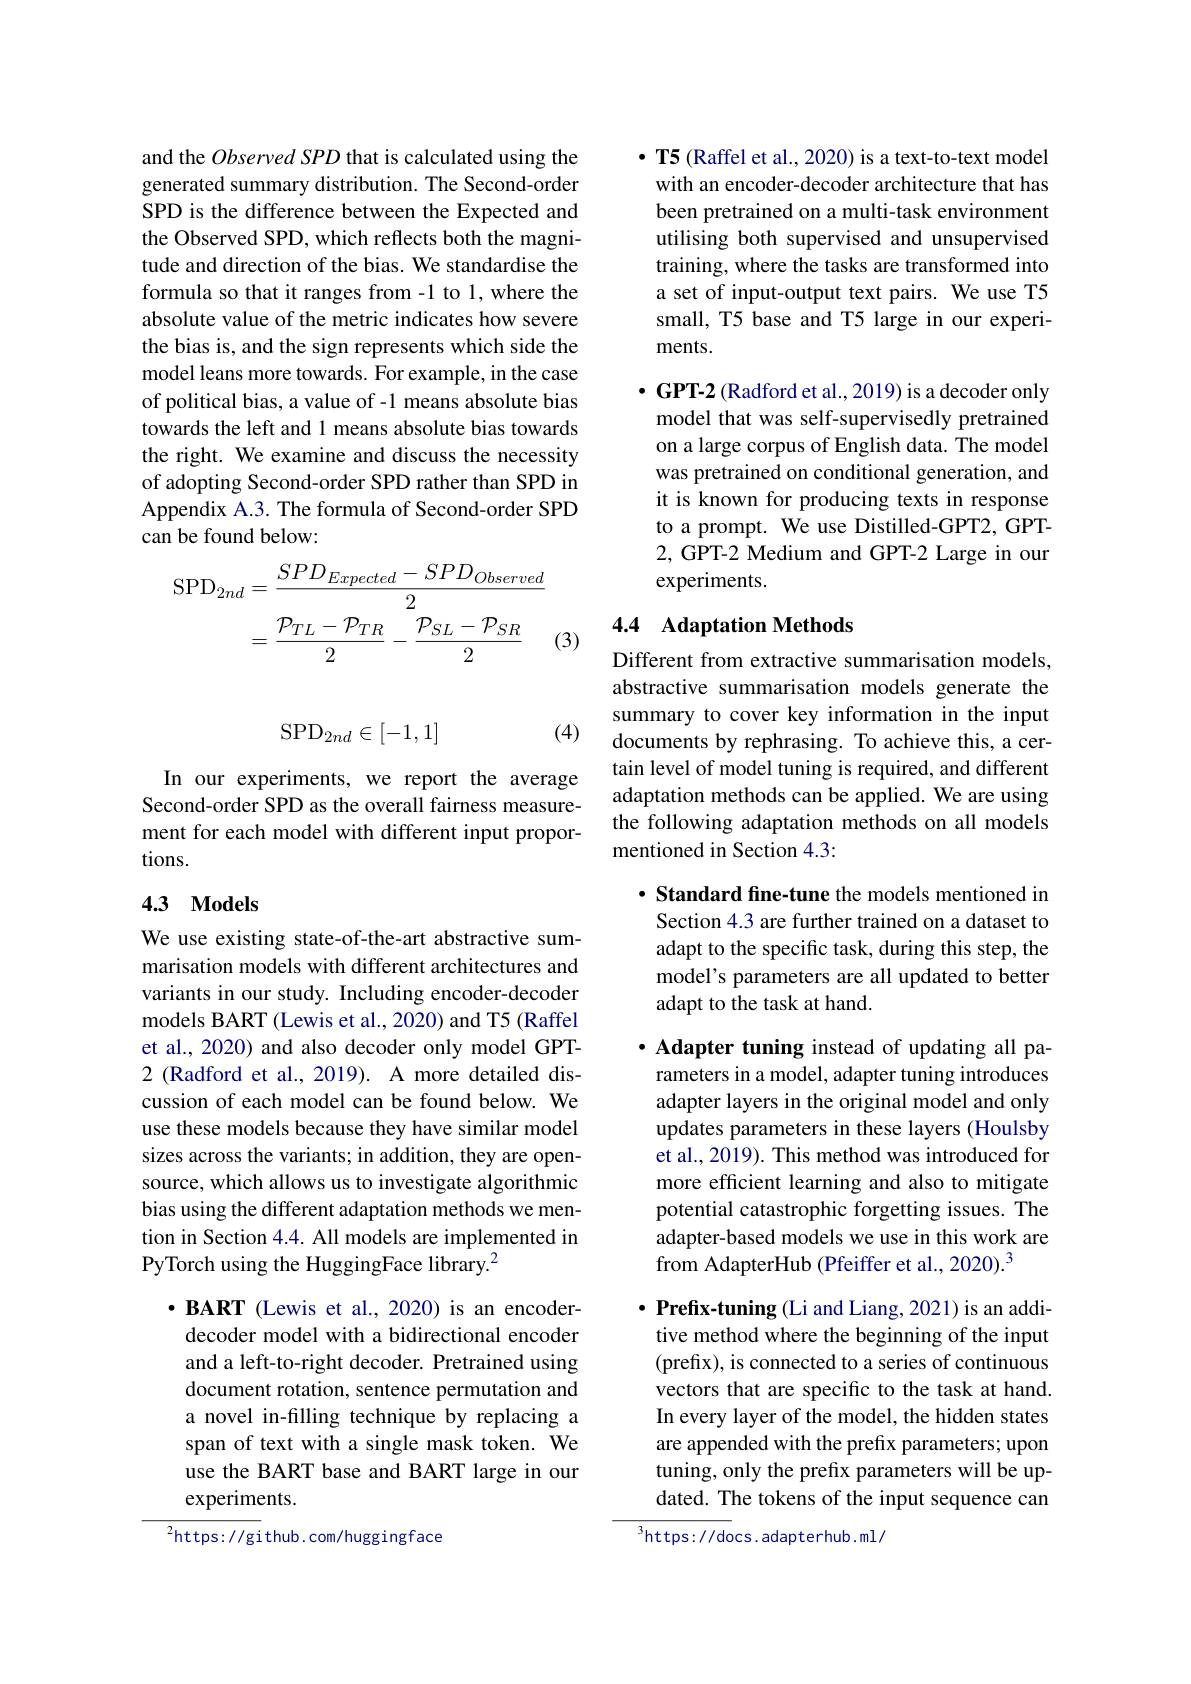
and the $Observed\textit{SPD that is calculated using the}$ generated summary distribution. The Second-order SPD is the difference between the Expected and the Observed SPD, which reflects both the magnitude and direction of the bias. We standardise the formula so that it ranges from -1 to 1, where the absolute value of the metric indicates how severe the bias is, and the sign represents which side the model leans more towards. For example, in the case of political bias, a value of -1 means absolute bias towards the left and 1 means absolute bias towards the right. We examine and discuss the necessity of adopting Second-order SPD rather than SPD in Appendix A.3. The formula of Second-order SPD can be found below:
$$\begin{aligned}\mathrm{SPD}_{2nd}&=\frac{SPD_{Expected}-SPD_{Observed}}{2}\\&=\frac{\mathcal{P}_{TL}-\mathcal{P}_{TR}}{2}-\frac{\mathcal{P}_{SL}-\mathcal{P}_{SR}}{2}\end{aligned}$$
(3)
$$\mathrm{SPD}_{2nd}\in[-1,1]$$
(4)

In our experiments, we report the average Second-order SPD as the overall fairness measurement for each model with different input proportions.

### 4.3 $\mathbf{Models}$

We use existing state-of-the-art abstractive summarisation models with different architectures and variants in our study. Including encoder-decoder models BART (Lewis et al., 2020) and T5 (Raffel et al., 2020) and also decoder only model GPT- 2 (Radford et al., 2019). A more detailed discussion of each model can be found below. We use these models because they have similar model sizes across the variants; in addition, they are opensource, which allows us to investigate algorithmic bias using the different adaptation methods we mention in Section 4.4. All models are implemented in PyTorch using the HuggingFace library.$^{2}$

$\cdot \textbf{BART ( Lewis et al. , 2020) is an encoder- }$ decoder model with a bidirectional encoder and a left-to-right decoder. Pretrained using document rotation, sentence permutation and a novel in-filling technique by replacing a span of text with a single mask token. We use the BART base and BART large in our experiments.

${{^{2}\mathrm{https://gi}}}$thub.com/huggingface

$\cdot \textbf{T5 ( Raffel et al. , 2020) is a text- to- text model}$ with an encoder-decoder architecture that has been pretrained on a multi-task environment utilising both supervised and unsupervised training, where the tasks are transformed into a set of input-output text pairs. We use T5 small, T5 base and T5 large in our experiments.

$\cdot$GPT- 2 ( Radford et al. , 2019) is a decoder only model that was self-supervisedly pretrained on a large corpus of English data. The model was pretrained on conditional generation, and it is known for producing texts in response to a prompt. We use Distilled-GPT2, GPT- 2, GPT-2 Medium and GPT-2 Large in our experiments.

## 4.4 Adaptation Methods

Different from extractive summarisation models, abstractive summarisation models generate the summary to cover key information in the input documents by rephrasing. To achieve this, a certain level of model tuning is required, and different adaptation methods can be applied. We are using the following adaptation methods on all models mentioned in Section 4.3:

$\cdot$ Standard fine-tune the models mentioned in Section 4.3 are further trained on a dataset to adapt to the specific task, during this step, the model's parameters are all updated to better adapt to the task at hand.

·Adapter tuning instead of updating all parameters in a model, adapter tuning introduces adapter layers in the original model and only updates parameters in these layers (Houlsby et al., 2019). This method was introduced for more efficient learning and also to mitigate potential catastrophic forgetting issues. The adapter-based models we use in this work are from AdapterHub (Pfeiffer et al., 2020).$^{3}$

$\cdot$ Prefix-tuning (Li and Liang, 2021) is an additive method where the beginning of the input (prefix), is connected to a series of continuous vectors that are specific to the task at hand. In every layer of the model, the hidden states are appended with the prefix parameters; upon tuning, only the prefix parameters will be updated. The tokens of the input sequence can

$^3$https: / / docs. adapterhub. ml/